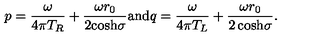
p = { \frac { \omega } { 4 \pi T _ { R } } } + { \frac { \omega r _ { 0 } } { 2 { \cosh } \sigma } } { \mathrm { a n d } } q = { \frac { \omega } { 4 \pi T _ { L } } } + { \frac { \omega r _ { 0 } } { { 2 \cosh } \sigma } } .